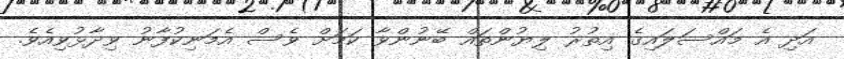
އަދި އެ މައްސަލައިގެ އިތުރު ލިޔުންތައް ބޭނުންވާ ކަމަށް ވެސް އެމަނިކުފާނު ވިދާޅުވިއެވެ.